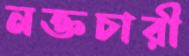
নক্তচারী